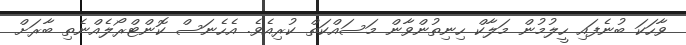
ވާހަކަ ބުނެފައި ހީލުމުން މަލާކް ހިނިތުންވާން މަސައްކަތް ކުރިއެވެ. އެހެނަސް ކޮންޓްރޯލެއްނެތި ބާރަށް